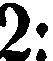
2: